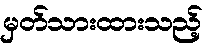
မှတ်သားထားသည့်